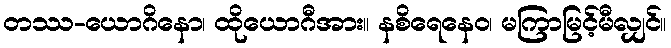
တဿ-ယောဂိနော၊ ထိုယောဂီအား။ နစိရေနေဝ၊ မကြာမြင့်မီလျှင်။